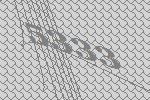
5333